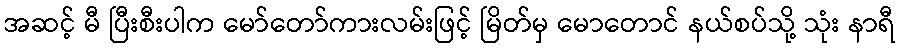
အဆင့် မီ ပြီးစီးပါက မော်တော်ကားလမ်းဖြင့် မြိတ်မှ မောတောင် နယ်စပ်သို့ သုံး နာရီ